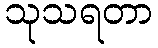
သုသရတာ